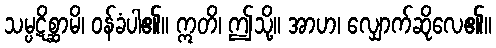
သမ္ပဋိစ္ဆာမိ၊ ဝန်ခံပါ၏။ ဣတိ၊ ဤသို့။ အာဟ၊ လျှောက်ဆိုလေ၏။